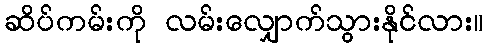
ဆိပ်ကမ်းကို လမ်းလျှောက်သွားနိုင်လား။